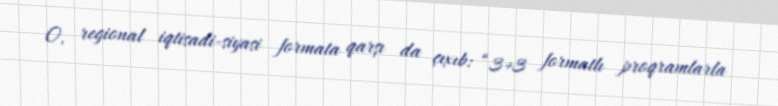
O, regional iqtisadi-siyasi formata qarşı da çıxıb: “3+3 formatlı proqramlarla